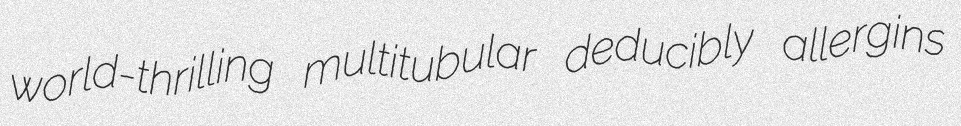
world-thrilling multitubular deducibly allergins